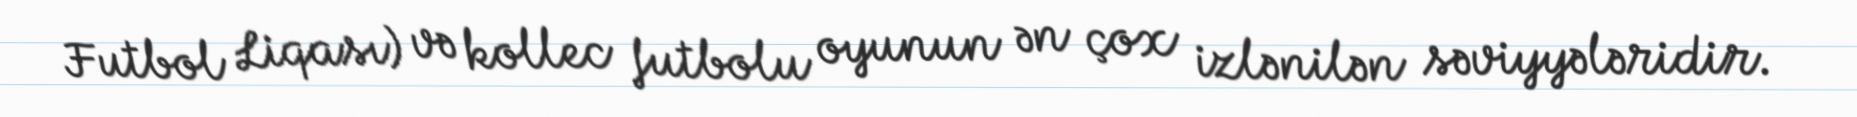
Futbol Liqası) və kollec futbolu oyunun ən çox izlənilən səviyyələridir.